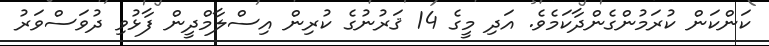
ކަންކަން ކުރަމުންގެންދާކަމެވެ. އަދި މީގެ 14 ޤަރުނުގެ ކުރިން އިސްލާމްދީން ފާޅުވި ދުވަސްވަރު